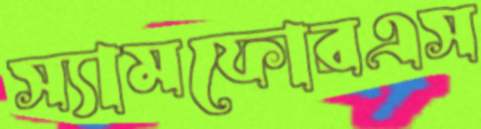
স্যামফোরএস